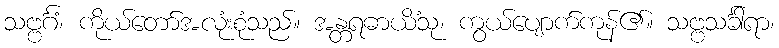
သဗ္ဗင်္ဂံ၊ ကိုယ်တော်အလုံးစုံသည်။ အန္တရဓာယိံသု၊ ကွယ်ပျောက်ကုန်၏။ သဗ္ဗသင်္ခါရာ၊